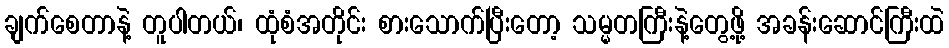
ချက်စေတာနဲ့ တူပါတယ်၊ ထုံစံအတိုင်း စားသောက်ပြီးတော့ သမ္မတကြီးနဲ့တွေ့ဖို့ အခန်းဆောင်ကြီးထဲ